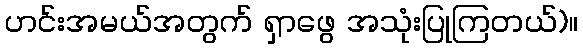
ဟင်းအမယ်အတွက် ရှာဖွေ အသုံးပြုကြတယ်)။